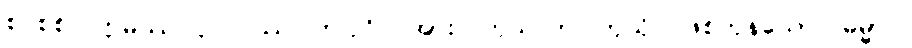
စင်စစ်။ ဣမဿ ပုဂ္ဂလဿ၊ ဤပုဂ္ဂိုလ်အား။ ကုသလာ၊ ကုသိုလ်ဖြစ်ကုန်သော။ ဓမ္မာပိ၊